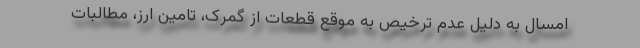
امسال به دلیل عدم ترخیص به موقع قطعات از گمرک، تامین ارز، مطالبات